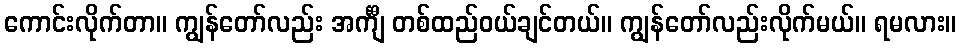
ကောင်းလိုက်တာ။ ကျွန်တော်လည်း အင်္ကျီ တစ်ထည်ဝယ်ချင်တယ်။ ကျွန်တော်လည်းလိုက်မယ်။ ရမလား။